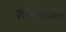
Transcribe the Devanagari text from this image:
सर्वव्याप्ति